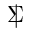
\; | \! \! \! \Sigma